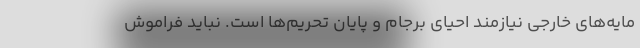
مایه‌های خارجی نیازمند احیای برجام و پایان تحریم‌ها است. نباید فراموش